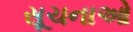
સૂચનાઓ